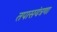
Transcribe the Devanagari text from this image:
तपासयंत्रणा